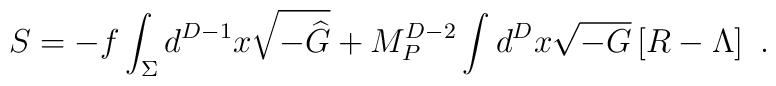
S=-f\int_\Sigma d^{D-1} x \sqrt{-{\widehat G}} + M_P^{D-2} \int d^D x \sqrt{-G} \left[R-\Lambda\right]~.